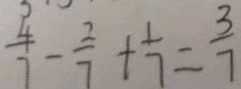
\frac { 4 } { 7 } - \frac { 2 } { 7 } + \frac { 1 } { 7 } = \frac { 3 } { 7 }